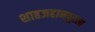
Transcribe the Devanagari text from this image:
शाहजहानपूरला